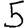
Digit: 5